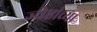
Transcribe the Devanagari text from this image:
ज्येष्ठांच्या